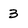
Character: 3